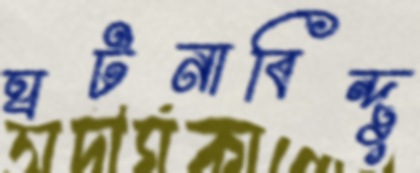
ঘটনাবিন্দু